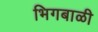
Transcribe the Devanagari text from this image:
भिगबाळी